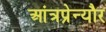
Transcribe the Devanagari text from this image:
आंत्रप्रेन्यौर